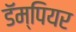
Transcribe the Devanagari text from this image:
डॅम्पियर